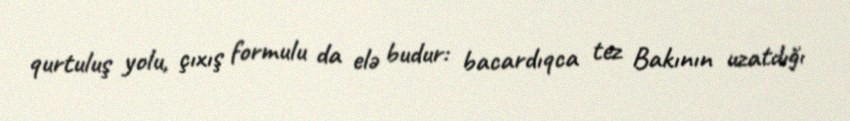
qurtuluş yolu, çıxış formulu da elə budur: bacardıqca tez Bakının uzatdığı